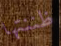
ظننتها